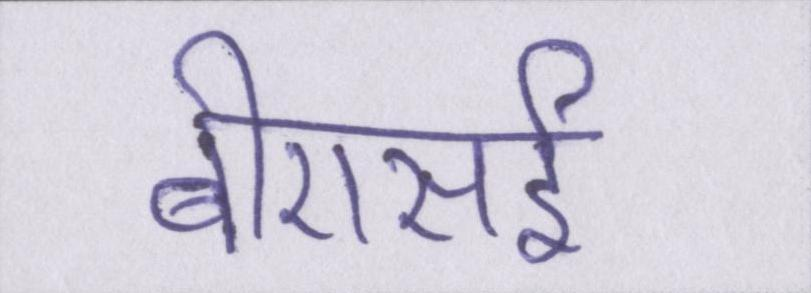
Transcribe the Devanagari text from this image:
बीएसई